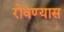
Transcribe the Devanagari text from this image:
रोवण्यास